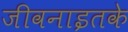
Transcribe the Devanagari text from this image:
जीवनाइतके